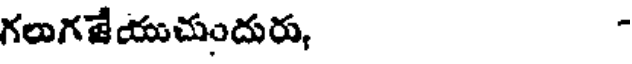
గలుగజేయుచుందురు, -